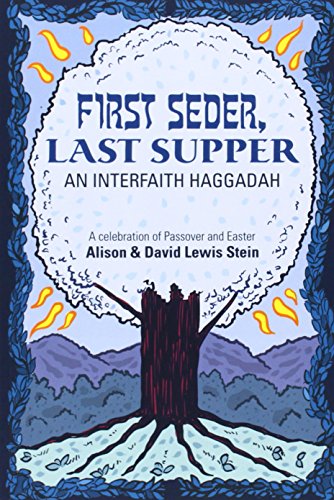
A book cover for First Seder, Last Supper: An Interfaith Haggadah; David Lewis Stein; Religion & Spirituality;